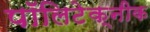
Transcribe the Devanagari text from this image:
पॉलिटेक्‍नीक